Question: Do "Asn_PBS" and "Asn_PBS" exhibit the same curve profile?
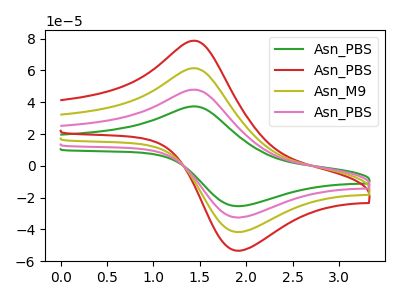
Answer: <think>The green curve "Asn_PBS" has an anodic peak at (1.45V, 37.40uA) and a cathodic peak at (1.90V, -25.40uA). The red curve "Asn_PBS" has an anodic peak at (1.45V, 143.85uA) and a cathodic peak at (1.90V, -97.55uA). The olive curve "Asn_M9" has an anodic peak at (1.45V, 95.90uA) and a cathodic peak at (1.90V, -65.05uA). The pink curve "Asn_PBS" has an anodic peak at (1.45V, 47.95uA) and a cathodic peak at (1.90V, -32.50uA).
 All the peaks in "Asn_PBS" have a peak in "Asn_PBS" at the same potential. Every peak in "Asn_PBS" is lower than every peak in "Asn_PBS".</think>
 <answer>"Asn_PBS" and "Asn_PBS" are similar in shape.</answer>
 <eval>same_shape</eval>